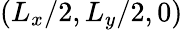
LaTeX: (L_{x}/2,L_{y}/2,0)